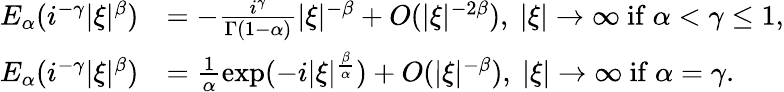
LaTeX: \begin{array}{rl}{E_{\alpha}(i^{-\gamma}|\xi|^{\beta})}&{=-\frac{i^{\gamma}}{\Gamma(1-\alpha)}|\xi|^{-\beta}+O(|\xi|^{-2\beta}),\ |\xi|\rightarrow\infty\ \mathrm{if}\ \alpha<\gamma\leq 1,}\\ {E_{\alpha}(i^{-\gamma}|\xi|^{\beta})}&{=\frac{1}{\alpha}\exp(-i|\xi|^{\frac{\beta}{\alpha}})+O(|\xi|^{-\beta}),\ |\xi|\rightarrow\infty\ \mathrm{if}\ \alpha=\gamma.}\end{array}